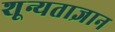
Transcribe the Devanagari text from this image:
शून्यताज्ञान